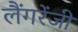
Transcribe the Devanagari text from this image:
लैंगरेंजी